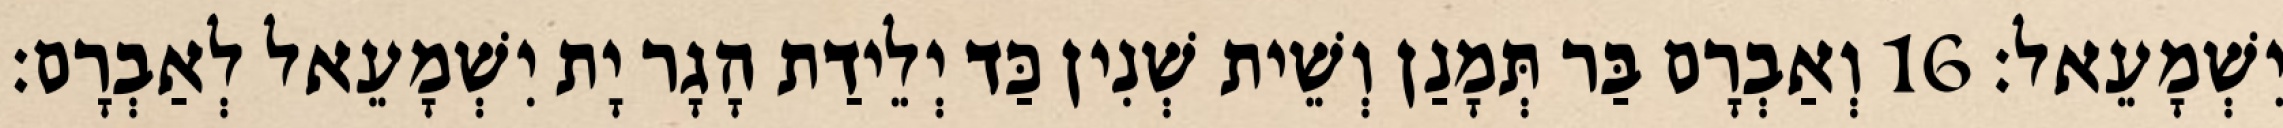
יִשְׁמָעֵאל׃ 16 וְאַבְרָם בַּר תְּמָנַן וְשֵׁית שְׁנִין כַּד יְלֵידַת הָגָר יָת יִשְׁמָעֵאל לְאַבְרָם׃